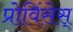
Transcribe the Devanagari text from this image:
प्रोविंसेस्